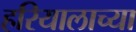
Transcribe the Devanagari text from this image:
हरियालाच्या